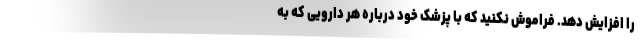
را افزایش دهد. فراموش نکنید که با پزشک خود درباره هر دارویی که به